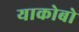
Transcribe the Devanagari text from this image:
याकोबो